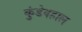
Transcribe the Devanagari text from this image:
कुंडेवहाल